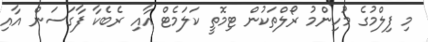
މި ފިލްމުގެ މުހިންމު ރޯލްތަކުން ޓިމޮތީ ކަލަމެޓް އާއި ރެބެކާ ފާގަސަން އާއި